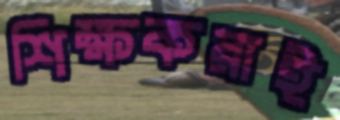
শিক্ষকরাই